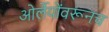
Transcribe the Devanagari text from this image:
ओर्लेयोंवरूनच